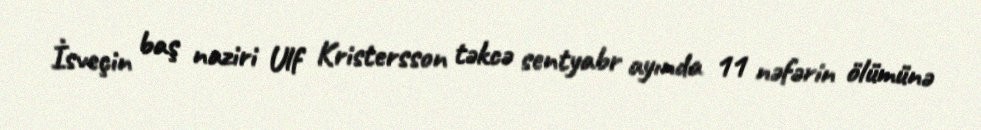
İsveçin baş naziri Ulf Kristersson təkcə sentyabr ayında 11 nəfərin ölümünə